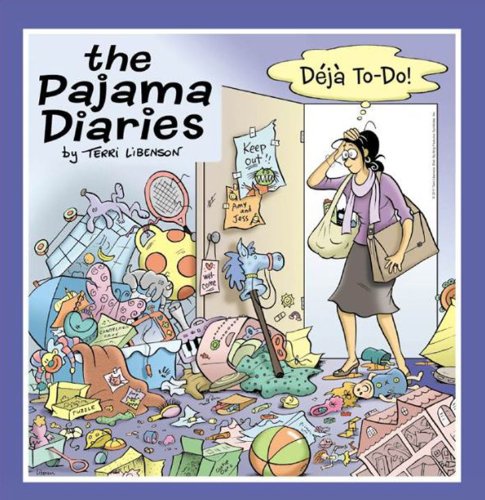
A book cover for The Pajama Diaries: Deja To-Do!; Terri Libenson; Comics & Graphic Novels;